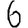
Digit: 6